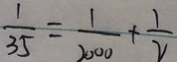
\frac { 1 } { 3 5 } = \frac { 1 } { 2 0 0 0 } + \frac { 1 } { 2 }